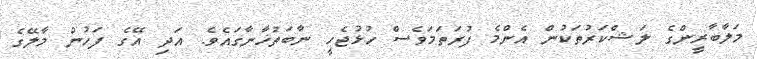
މަލާބާރީންގެ ލަޝްކަރުތަކުން އެންމެ ފުރަތަމަވެސް ހުޅުޖެހީ ނާބަތުޚާނާގައެވެ. އަދި އޭގެ ފަހުން މާލޭގެ